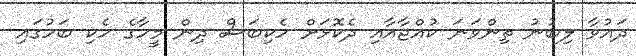
ދައުވާ ލިބުނު ތިންވަނަ ކުއްޖާއާއި ދެކޮޅަށް ހެކިބަސް ދިން މީހާގެ ހެކި ބަހުގައި